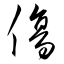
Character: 傷